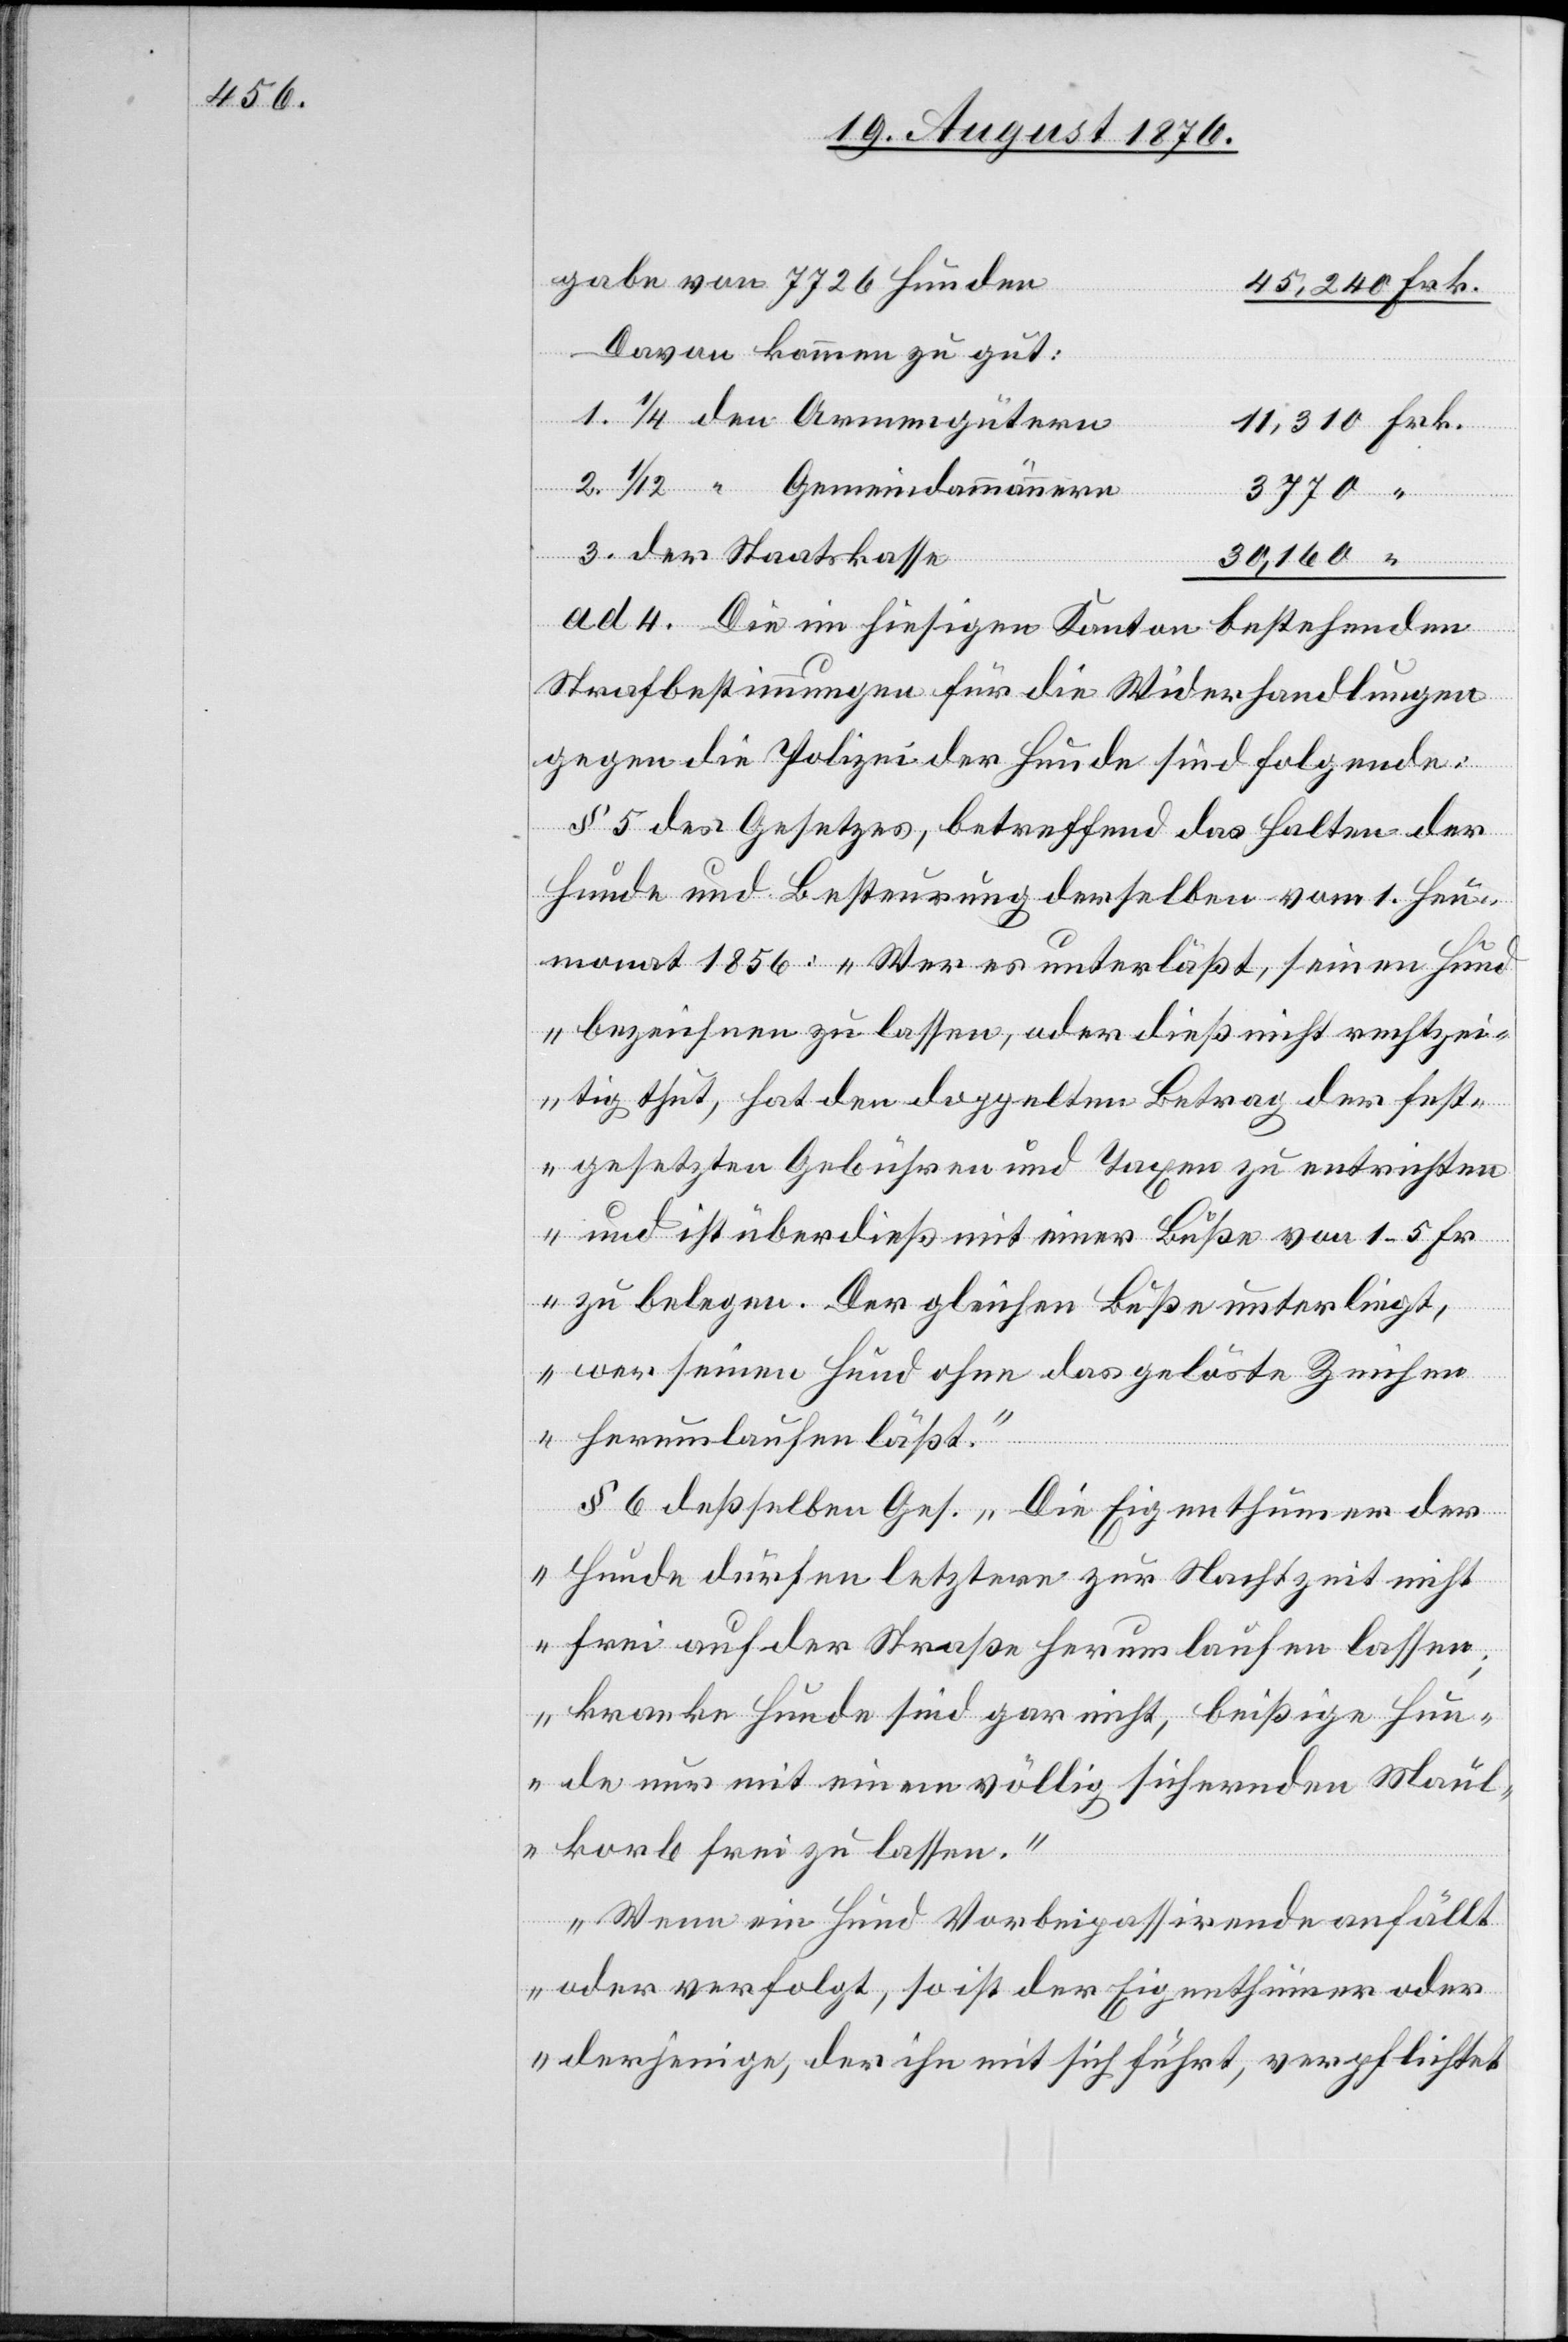
gabe von 7726 Hunden
Davon kommen zu gut:
1. 1/4 den Armengütern
2. 1/12 “ Gemeindammännern
3770
3. der Staatskasse
von
20,160
ad 4. Die im hiesigen Kanton bestehenden
Strafbestimmungen für die Widerhandlungen
gegen die Polizei der Hunde sind folgende:
§ 5 des Gesetzes, betreffend das Halten der
Hunde und Besteuerung derselben vom 1. Heu¬
monat 1856: „Wer es unterläßt, seinen Hund
bezeichnen zu lassen, oder dieß nicht rechtzei¬
tig thut, hat den doppelten Betrag der fest¬
gesetzten Gebühren und Taxen zu entrichten
und ist überdieß mit einer Buße von 1–5 Fr.
zu belegen. Der gleichen Buße unterliegt,
wer seinen Hund ohne das gelöste Zeichen
herumlaufen läßt.“
§ 6 deßselben Ges. „Die Eigenthümer der
Hunde dürfen letztern zur Nachtzeit nicht
frei auf der Straße herumlaufen lassen;
kranke Hunde sind gar nicht, bißige Hun¬
de nur mit einem völlig sichernden Maul¬
korb frei zu lassen.”
„Wenn ein Hund Vorbeipassirende anfällt
oder verfolgt, so ist der Eigenthümer oder
derjenige, der ihn mit sich führt, verpflichtet

Hu¬

Frk.